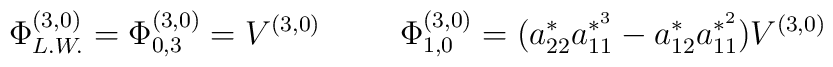
\Phi_{L.W.}^{(3,0)} = \Phi_{0,3}^{(3,0)} =V^{(3,0)}\hspace{10mm}\Phi_{1,0}^{(3,0)} = ( a_{22}^{*}a_{11}^{*^{3}} -a_{12}^{*}a_{11}^{*^{2}} ) V^{(3,0)}